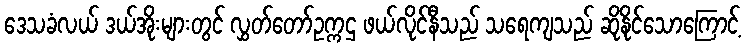
ဒေသခံလယ် ဒယ်အိုးများတွင် လွှတ်တော်ဥက္ကဌ ဖယ်လိုင်နီသည် သရေကျသည် ဆိုနိုင်သောကြောင့်